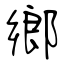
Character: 鄉